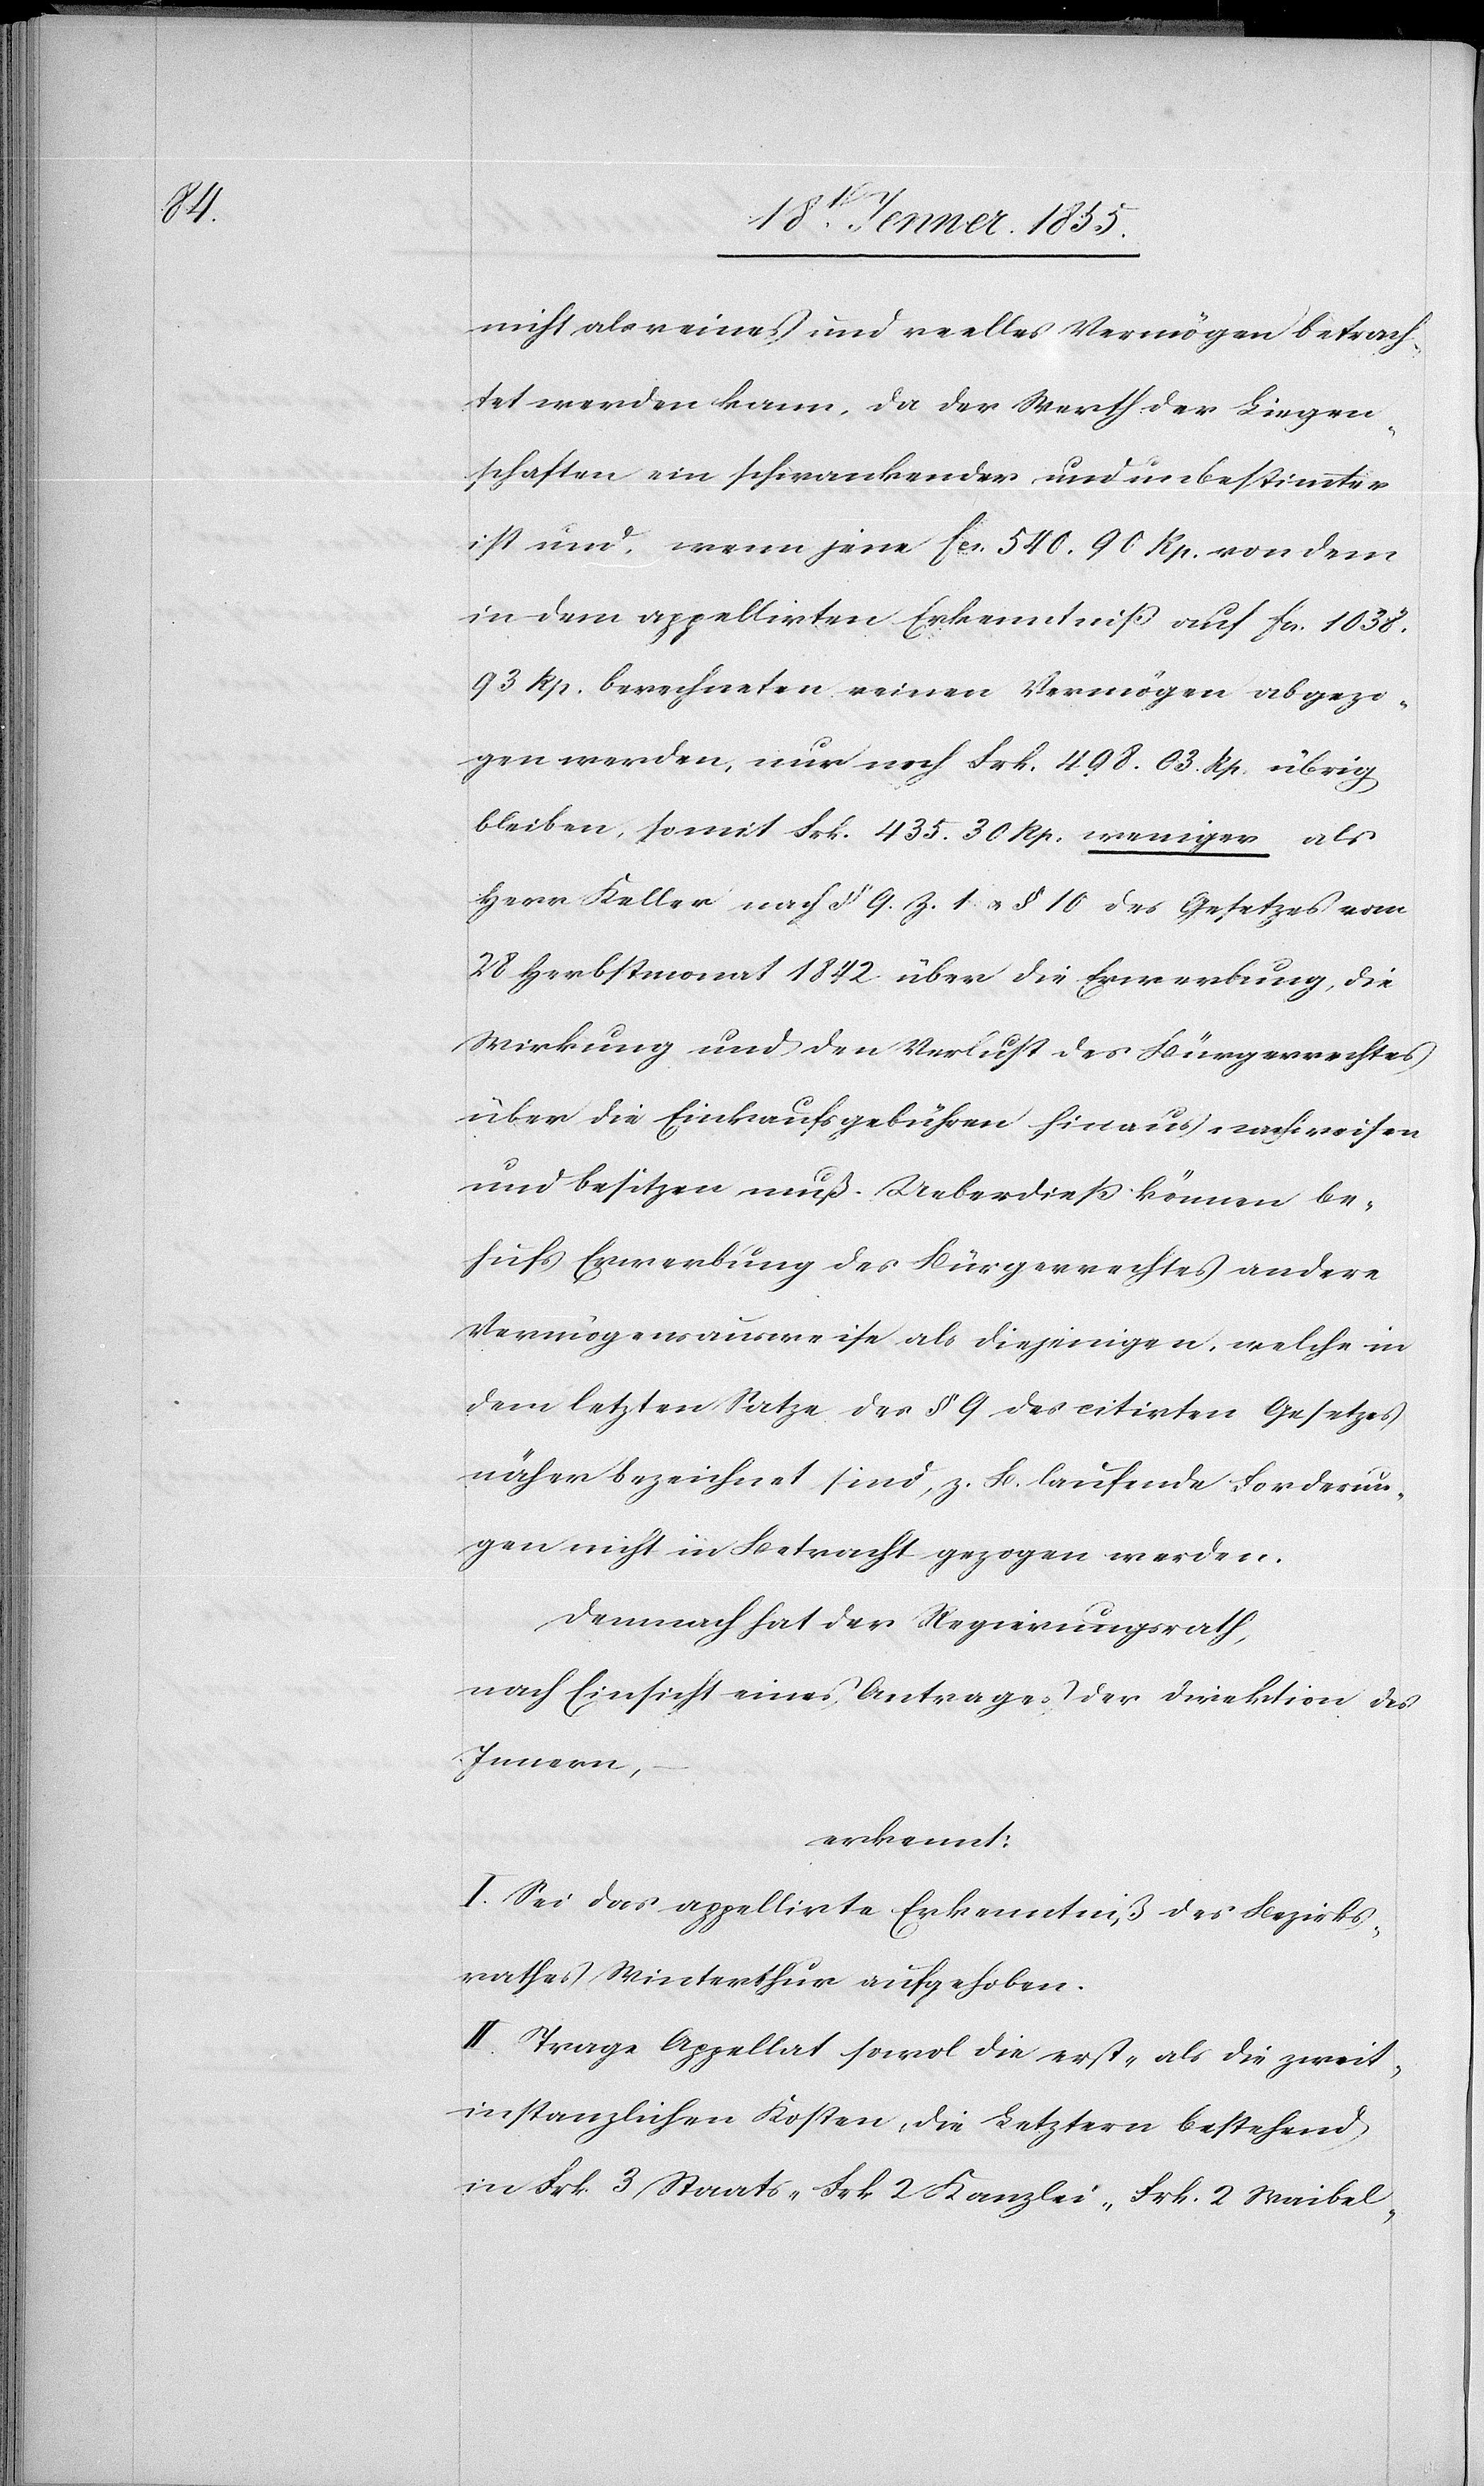
nicht als reines und reelles Vermögen betrach¬
tet werden kann, da der Werth der Liegen¬
schaften ein schwankender und unbestimmter
ist und, wenn jene Fcs. 540. 90 Rp. von dem
in dem appellirten Erkenntniß auf Fcs. 1038.
93 Rp. berechneten reinen Vermögen abgezo¬
gen werden, nur noch Frk. 498. 03. Rp. übrig
bleiben, somit Frk. 435. 30 Rp. weniger als
Herr Keller nach § 9. Z. 1 & § 10 des Gesetzes vom
28 Herbstmonat 1842 über die Erwerbung, die
Wirkung und den Verlust des Bürgerrechtes
über die Einkaufsgebühren hinaus nachweisen
und besitzen muß. Ueberdieß können be¬
hufs Erwerbung des Bürgerrechtes andere
Vermögensausweise als diejenigen, welche in
dem letzten Satze des § 9 des citirten Gesetzes
näher bezeichnet sind, z. B. laufende Forderun¬
gen nicht in Betracht gezogen werden.
Demnach hat der Regierungsrath,
nach Einsicht eines Antrages der Direktion des
Innern,
erkennt:
I. Sei das appellirte Erkenntniß des Bezirks¬
rathes Winterthur aufgehoben.
II. Trage Appellat sowol die erst- als die zweit¬
instanzlichen Kosten, die Letztern bestehend
in Frk. 3 Staats-[,] Frk 2 Kanzlei-[,] Frk. 2 Waibel-